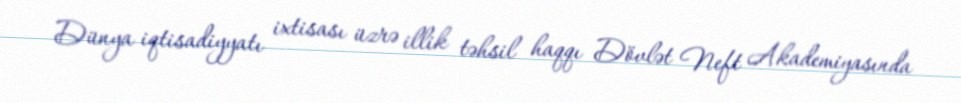
Dünya iqtisadiyyatı ixtisası üzrə illik təhsil haqqı Dövlət Neft Akademiyasında